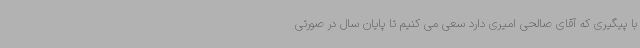
با پیگیری که آقای صالحی امیری دارد سعی می کنیم تا پایان سال در صورتی